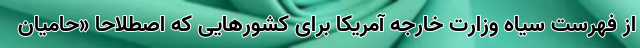
از فهرست سیاه وزارت خارجه آمریکا برای کشورهایی که اصطلاحاً «حامیان